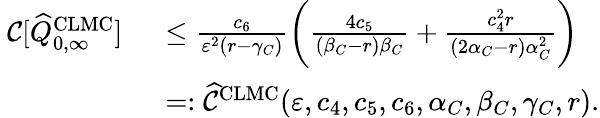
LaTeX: \begin{array}{rl}{\ {\mathcal{C}}[\widehat{Q}_{0,\infty}^{\mathrm{CLMC}}]}&{\ \leq\frac{c_{6}}{\varepsilon^{2}(r-\gamma_{C})}\bigg(\frac{4c_{5}}{(\beta_{C}-r)\beta_{C}}+\frac{c_{4}^{2}r}{(2\alpha_{C}-r)\alpha_{C}^{2}}\bigg)}\\ &{\ =:\widehat{{\mathcal{C}}}^{\mathrm{CLMC}}(\varepsilon,c_{4},c_{5},c_{6},\alpha_{C},\beta_{C},\gamma_{C},r).}\end{array}